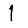
Digit: 1